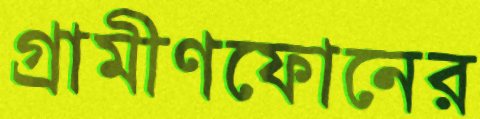
গ্রামীণফোনের